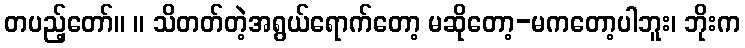
တပည့်တော်။ ။ သိတတ်တဲ့အရွယ်ရောက်တော့ မဆိုတော့-မကတော့ပါဘူး၊ ဘိုးက